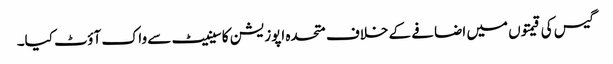
گیس کی قیمتوں میں اضافے کے خلاف متحدہ اپوزیشن کا سینیٹ سے واک آؤٹ کیا۔